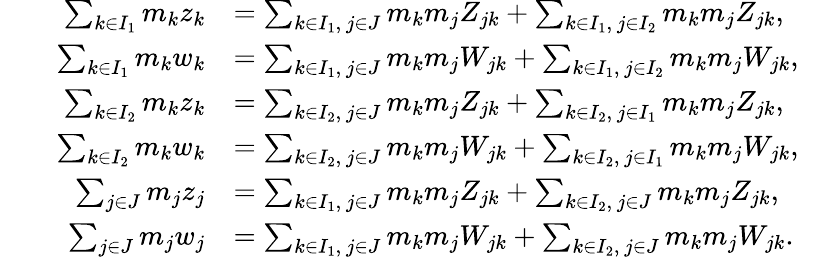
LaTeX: \begin{array}{rlrlr}&{}&{\sum_{k\in I_{1}}m_{k}z_{k}}&{=\sum_{k\in I_{1},\ j\in J}m_{k}m_{j}Z_{jk}+\sum_{k\in I_{1},\ j\in I_{2}}m_{k}m_{j}Z_{jk},}&\\ &{}&{\sum_{k\in I_{1}}m_{k}w_{k}}&{=\sum_{k\in I_{1},\ j\in J}m_{k}m_{j}W_{jk}+\sum_{k\in I_{1},\ j\in I_{2}}m_{k}m_{j}W_{jk},}&\\ &{}&{\sum_{k\in I_{2}}m_{k}z_{k}}&{=\sum_{k\in I_{2},\ j\in J}m_{k}m_{j}Z_{jk}+\sum_{k\in I_{2},\ j\in I_{1}}m_{k}m_{j}Z_{jk},}&\\ &{}&{\sum_{k\in I_{2}}m_{k}w_{k}}&{=\sum_{k\in I_{2},\ j\in J}m_{k}m_{j}W_{jk}+\sum_{k\in I_{2},\ j\in I_{1}}m_{k}m_{j}W_{jk},}&\\ &{}&{\sum_{j\in J}m_{j}z_{j}}&{=\sum_{k\in I_{1},\ j\in J}m_{k}m_{j}Z_{jk}+\sum_{k\in I_{2},\ j\in J}m_{k}m_{j}Z_{jk},}&\\ &{}&{\sum_{j\in J}m_{j}w_{j}}&{=\sum_{k\in I_{1},\ j\in J}m_{k}m_{j}W_{jk}+\sum_{k\in I_{2},\ j\in J}m_{k}m_{j}W_{jk}.}&\end{array}